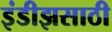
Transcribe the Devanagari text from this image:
इंडीझसाठी